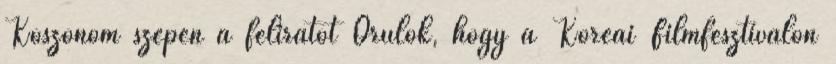
Köszönöm szépen a feliratot Örülök, hogy a Koreai Filmfesztiválon